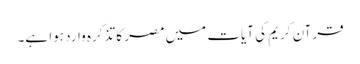
قرآن کریم کی آیات میں مصر کا تذکرہ وارد ہوا ہے۔